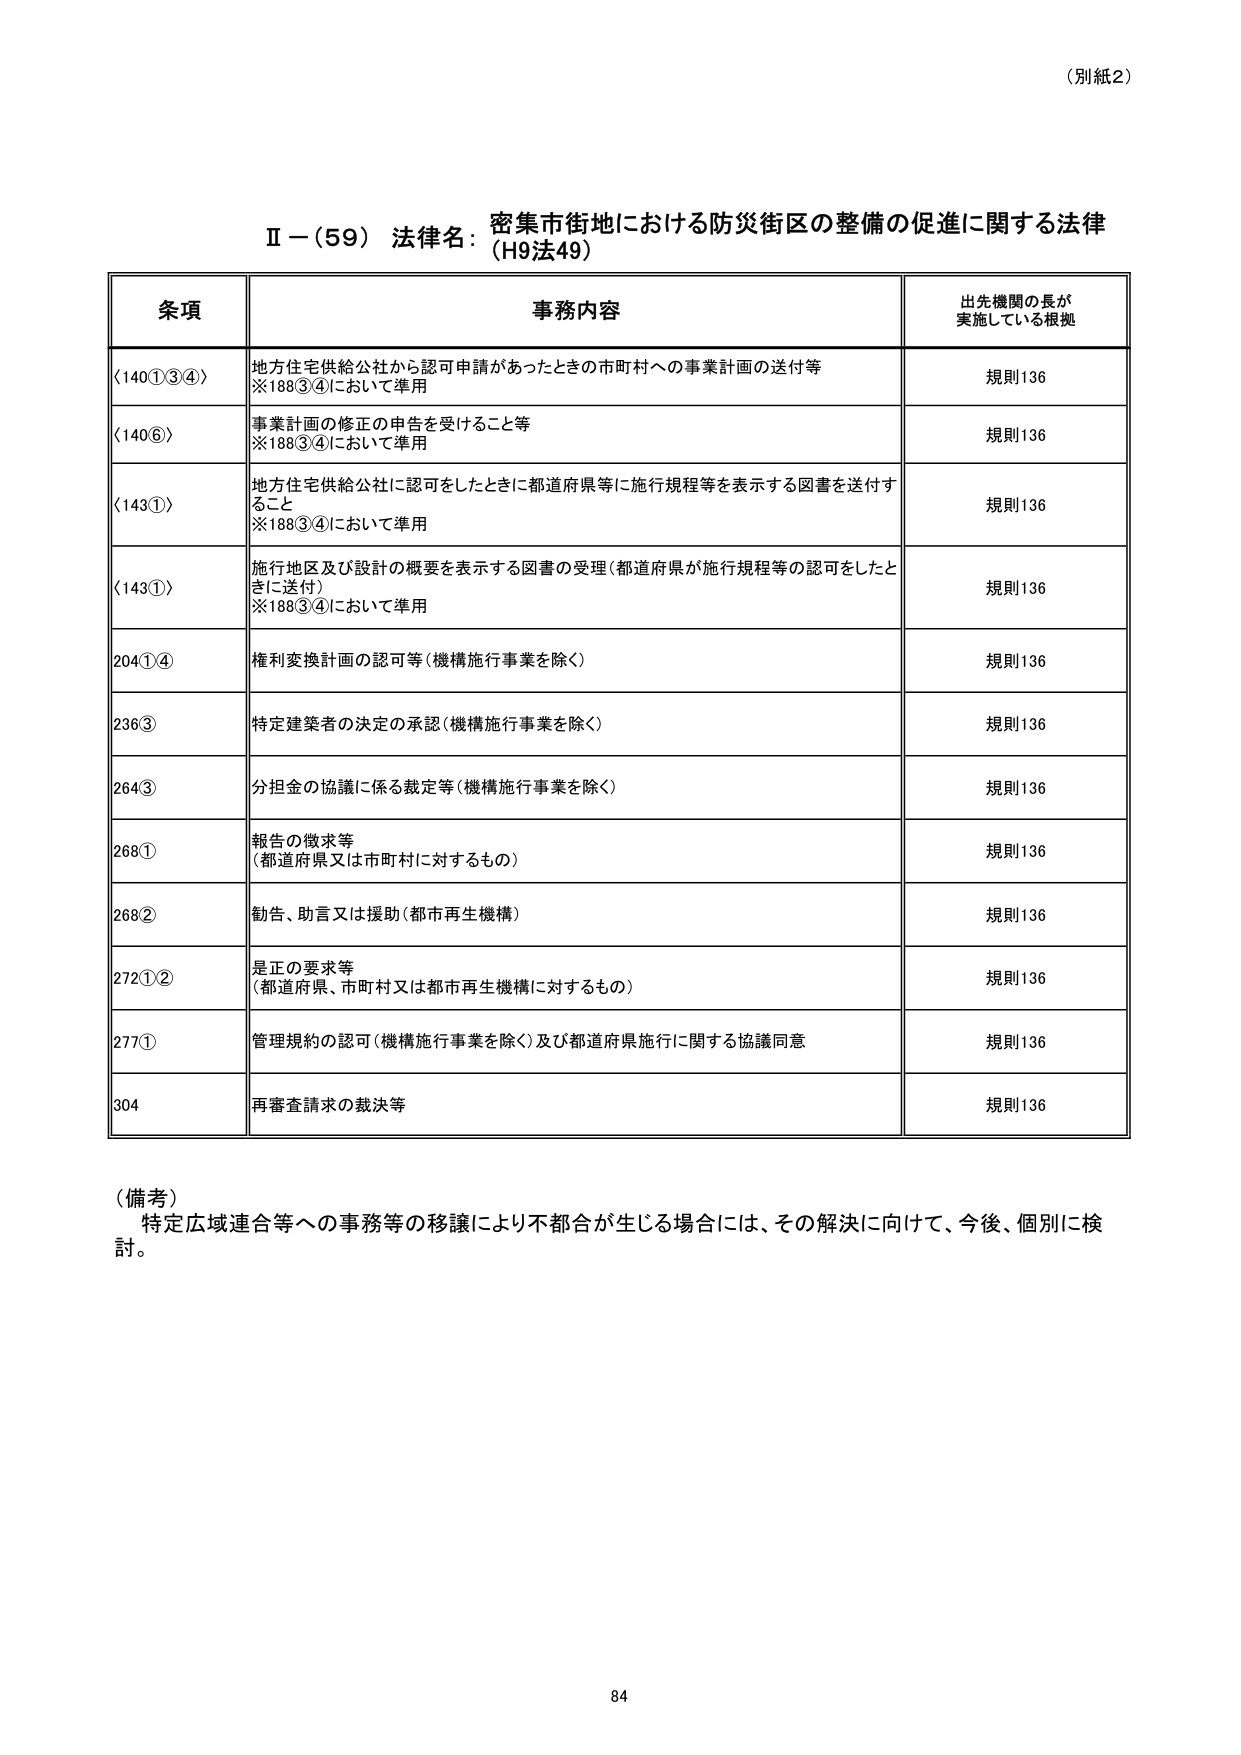
（別紙2）

Ⅱ－（59） 法律名：密集市街地における防災街区の整備の促進に関する法律
（H9法49）

条項 事務内容 出先機関の長が
実施している根拠

（140①③④） 地方住宅供給公社から認可申請があったときの市町村への事業計画の送付等
※188③④において準用 規則136

（140⑥） 事業計画の修正の申告を受けること等
※188③④において準用 規則136

（143①） 地方住宅供給公社に認可をしたときに都道府県等に施行規程等を表示する図書を送付す
ること
※188③④において準用 規則136

（143①） 施行地区及び設計の概要を表示する図書の受理（都道府県が施行規程等の認可をしたと
きに送付）
※188③④において準用 規則136

204①④ 権利変換計画の認可等（機構施行事業を除く） 規則136

236③ 特定建築者の決定の承認（機構施行事業を除く） 規則136

264③ 分担金の協議に係る裁定等（機構施行事業を除く） 規則136

268① 報告の徴求等
（都道府県又は市町村に対するもの） 規則136

268② 勧告、助言又は援助（都市再生機構） 規則136

272①② 是正の要求等
（都道府県、市町村又は都市再生機構に対するもの） 規則136

277① 管理規約の認可（機構施行事業を除く）及び都道府県施行に関する協議同意 規則136

304 再審査請求の裁決等 規則136

（備考）
特定広域連合等への事務等の移譲により不都合が生じる場合には、その解決に向けて、今後、個別に検討。

84